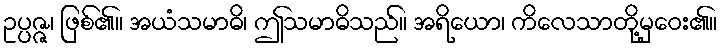
ဥပ္ပဇ္ဇ၊ ဖြစ်၏။ အယံသမာဓိ၊ ဤသမာဓိသည်။ အရိယော၊ ကိလေသာတို့မှဝေး၏။